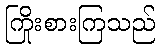
ကြိုးစားကြသည်